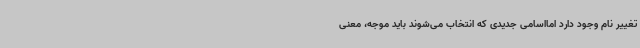
تغییر نام وجود دارد امااسامی جدیدی که انتخاب می‌شوند باید موجه، معنی